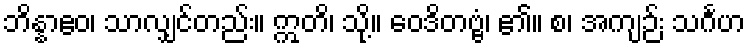
ဘိန္နာဧဝ၊ သာလျှင်တည်း။ ဣတိ၊ သို့။ ဝေဒိတဗ္ဗံ၊ ၏။ စ၊ အကျဉ်း သင်္ဂဟ